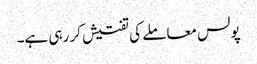
پولس معاملے کی تفتیش کر رہی ہے۔